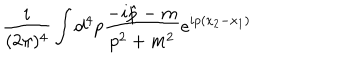
LaTeX: \frac { i } { ( 2 \pi ) ^ { 4 } } \int { \mathrm d } ^ { 4 } p \frac { - i \hat { p } - m } { p ^ { 2 } + m ^ { 2 } } e ^ { i p ( x _ { 2 } - x _ { 1 } ) }